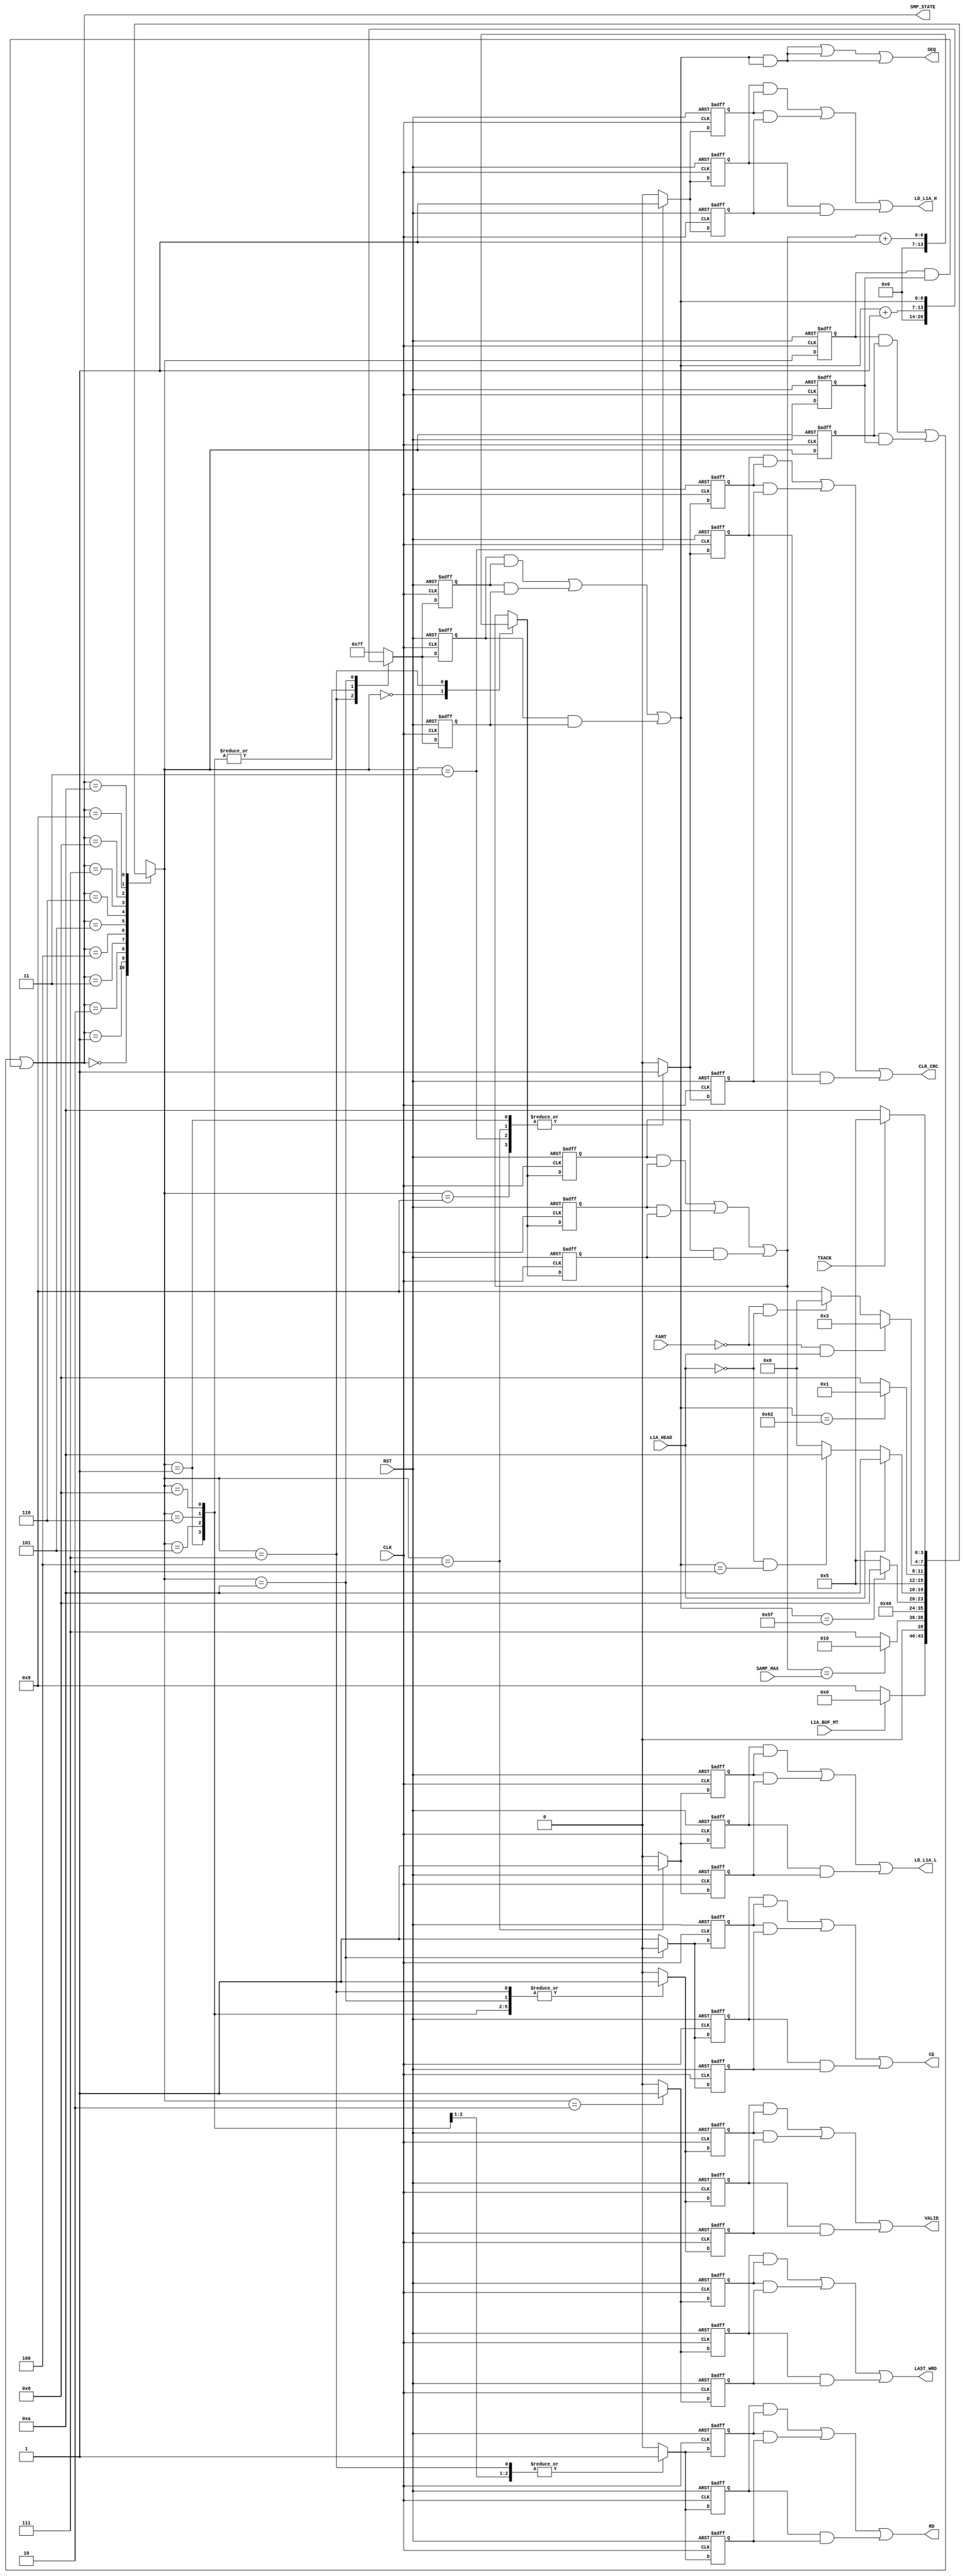

// Created by fizzim_tmr.pl version $Revision: 4.44 on 2014:08:26 at 14:14:43 (www.fizzim.com)

module Sample_Proc_FSM_TMR (
  output CE,
  output CLR_CRC,
  output LAST_WRD,
  output LD_L1A_H,
  output LD_L1A_L,
  output RD,
  output wire [6:0] SEQ,
  output VALID,
  output wire [3:0] SMP_STATE,
  input CLK,
  input FAMT,
  input L1A_BUF_MT,
  input L1A_HEAD,
  input RST,
  input wire [6:0] SAMP_MAX,
  input TXACK 
);

  // state bits
  parameter 
  Idle        = 4'b0000, 
  Inc_Samp    = 4'b0001, 
  Last_Word   = 4'b0010, 
  Ld_L1A_High = 4'b0011, 
  Ld_L1A_Low  = 4'b0100, 
  Read        = 4'b0101, 
  St_Data     = 4'b0110, 
  Strt_Seq    = 4'b0111, 
  Tail        = 4'b1000, 
  W4Data      = 4'b1001, 
  W4TXACK     = 4'b1010; 

  (* syn_preserve = "true" *) reg [3:0] state_1;
  (* syn_preserve = "true" *) reg [3:0] state_2;
  (* syn_preserve = "true" *) reg [3:0] state_3;

  (* syn_keep = "true" *) wire [3:0] voted_state_1;
  (* syn_keep = "true" *) wire [3:0] voted_state_2;
  (* syn_keep = "true" *) wire [3:0] voted_state_3;

  assign voted_state_1    = (state_1    & state_2   ) | (state_2    & state_3   ) | (state_1    & state_3   ); // Majority logic
  assign voted_state_2    = (state_1    & state_2   ) | (state_2    & state_3   ) | (state_1    & state_3   ); // Majority logic
  assign voted_state_3    = (state_1    & state_2   ) | (state_2    & state_3   ) | (state_1    & state_3   ); // Majority logic

  assign SMP_STATE = voted_state_1;

  (* syn_keep = "true" *) reg [3:0] nextstate_1;
  (* syn_keep = "true" *) reg [3:0] nextstate_2;
  (* syn_keep = "true" *) reg [3:0] nextstate_3;

  (* syn_preserve = "true" *)  reg CE_1;
  (* syn_preserve = "true" *)  reg CE_2;
  (* syn_preserve = "true" *)  reg CE_3;
  (* syn_preserve = "true" *)  reg CLR_CRC_1;
  (* syn_preserve = "true" *)  reg CLR_CRC_2;
  (* syn_preserve = "true" *)  reg CLR_CRC_3;
  (* syn_preserve = "true" *)  reg LAST_WRD_1;
  (* syn_preserve = "true" *)  reg LAST_WRD_2;
  (* syn_preserve = "true" *)  reg LAST_WRD_3;
  (* syn_preserve = "true" *)  reg LD_L1A_H_1;
  (* syn_preserve = "true" *)  reg LD_L1A_H_2;
  (* syn_preserve = "true" *)  reg LD_L1A_H_3;
  (* syn_preserve = "true" *)  reg LD_L1A_L_1;
  (* syn_preserve = "true" *)  reg LD_L1A_L_2;
  (* syn_preserve = "true" *)  reg LD_L1A_L_3;
  (* syn_preserve = "true" *)  reg RD_1;
  (* syn_preserve = "true" *)  reg RD_2;
  (* syn_preserve = "true" *)  reg RD_3;
  (* syn_preserve = "true" *)  reg [6:0] SEQ_1;
  (* syn_preserve = "true" *)  reg [6:0] SEQ_2;
  (* syn_preserve = "true" *)  reg [6:0] SEQ_3;
  (* syn_preserve = "true" *)  reg VALID_1;
  (* syn_preserve = "true" *)  reg VALID_2;
  (* syn_preserve = "true" *)  reg VALID_3;
  (* syn_preserve = "true" *)  reg [6:0] seqn_1;
  (* syn_preserve = "true" *)  reg [6:0] seqn_2;
  (* syn_preserve = "true" *)  reg [6:0] seqn_3;
  (* syn_keep = "true" *)      wire [6:0] voted_seqn_1;
  (* syn_keep = "true" *)      wire [6:0] voted_seqn_2;
  (* syn_keep = "true" *)      wire [6:0] voted_seqn_3;
  (* syn_preserve = "true" *)  reg [6:0] smp_1;
  (* syn_preserve = "true" *)  reg [6:0] smp_2;
  (* syn_preserve = "true" *)  reg [6:0] smp_3;
  (* syn_keep = "true" *)      wire [6:0] voted_smp_1;
  (* syn_keep = "true" *)      wire [6:0] voted_smp_2;
  (* syn_keep = "true" *)      wire [6:0] voted_smp_3;

  // Assignment of outputs and flags to voted majority logic of replicated registers
  assign CE       = (CE_1       & CE_2      ) | (CE_2       & CE_3      ) | (CE_1       & CE_3      ); // Majority logic
  assign CLR_CRC  = (CLR_CRC_1  & CLR_CRC_2 ) | (CLR_CRC_2  & CLR_CRC_3 ) | (CLR_CRC_1  & CLR_CRC_3 ); // Majority logic
  assign LAST_WRD = (LAST_WRD_1 & LAST_WRD_2) | (LAST_WRD_2 & LAST_WRD_3) | (LAST_WRD_1 & LAST_WRD_3); // Majority logic
  assign LD_L1A_H = (LD_L1A_H_1 & LD_L1A_H_2) | (LD_L1A_H_2 & LD_L1A_H_3) | (LD_L1A_H_1 & LD_L1A_H_3); // Majority logic
  assign LD_L1A_L = (LD_L1A_L_1 & LD_L1A_L_2) | (LD_L1A_L_2 & LD_L1A_L_3) | (LD_L1A_L_1 & LD_L1A_L_3); // Majority logic
  assign RD       = (RD_1       & RD_2      ) | (RD_2       & RD_3      ) | (RD_1       & RD_3      ); // Majority logic
  assign SEQ      = (SEQ_1      & SEQ_2     ) | (SEQ_2      & SEQ_3     ) | (SEQ_1      & SEQ_3     ); // Majority logic
  assign VALID    = (VALID_1    & VALID_2   ) | (VALID_2    & VALID_3   ) | (VALID_1    & VALID_3   ); // Majority logic
  assign voted_seqn_1     = (seqn_1     & seqn_2    ) | (seqn_2     & seqn_3    ) | (seqn_1     & seqn_3    ); // Majority logic
  assign voted_seqn_2     = (seqn_1     & seqn_2    ) | (seqn_2     & seqn_3    ) | (seqn_1     & seqn_3    ); // Majority logic
  assign voted_seqn_3     = (seqn_1     & seqn_2    ) | (seqn_2     & seqn_3    ) | (seqn_1     & seqn_3    ); // Majority logic
  assign voted_smp_1      = (smp_1      & smp_2     ) | (smp_2      & smp_3     ) | (smp_1      & smp_3     ); // Majority logic
  assign voted_smp_2      = (smp_1      & smp_2     ) | (smp_2      & smp_3     ) | (smp_1      & smp_3     ); // Majority logic
  assign voted_smp_3      = (smp_1      & smp_2     ) | (smp_2      & smp_3     ) | (smp_1      & smp_3     ); // Majority logic

  // Assignment of error detection logic to replicated signals

  // comb always block
  always @* begin
    nextstate_1 = 4'bxxxx; // default to x because default_state_is_x is set
    nextstate_2 = 4'bxxxx; // default to x because default_state_is_x is set
    nextstate_3 = 4'bxxxx; // default to x because default_state_is_x is set
    SEQ_1 = voted_seqn_1; // default
    SEQ_2 = voted_seqn_2; // default
    SEQ_3 = voted_seqn_3; // default
    case (voted_state_1)
      Idle       : if      (!L1A_BUF_MT)                          nextstate_1 = W4Data;
                   else                                           nextstate_1 = Idle;
      Inc_Samp   : if      (voted_smp_1 == SAMP_MAX)              nextstate_1 = Last_Word;
                   else                                           nextstate_1 = Strt_Seq;
      Last_Word  :                                                nextstate_1 = Idle;
      Ld_L1A_High:                                                nextstate_1 = Ld_L1A_Low;
      Ld_L1A_Low :                                                nextstate_1 = St_Data;
      Read       : if      (voted_seqn_1 == 7'd95)                nextstate_1 = Tail;
                   else                                           nextstate_1 = Read;
      St_Data    : if      (L1A_HEAD)                             nextstate_1 = W4TXACK;
                   else if (!L1A_HEAD && (voted_seqn_1 == 7'd2))  nextstate_1 = W4TXACK;
                   else                                           nextstate_1 = St_Data;
      Strt_Seq   :                                                nextstate_1 = Read;
      Tail       : if      (voted_seqn_1 == 7'd98)                nextstate_1 = Inc_Samp;
                   else                                           nextstate_1 = Tail;
      W4Data     : if      (!FAMT && L1A_HEAD)                    nextstate_1 = Ld_L1A_High;
                   else if (!FAMT && !L1A_HEAD)                   nextstate_1 = St_Data;
                   else                                           nextstate_1 = W4Data;
      W4TXACK    : if      (TXACK)                                nextstate_1 = Read;
                   else                                           nextstate_1 = W4TXACK;
    endcase
    case (voted_state_2)
      Idle       : if      (!L1A_BUF_MT)                          nextstate_2 = W4Data;
                   else                                           nextstate_2 = Idle;
      Inc_Samp   : if      (voted_smp_2 == SAMP_MAX)              nextstate_2 = Last_Word;
                   else                                           nextstate_2 = Strt_Seq;
      Last_Word  :                                                nextstate_2 = Idle;
      Ld_L1A_High:                                                nextstate_2 = Ld_L1A_Low;
      Ld_L1A_Low :                                                nextstate_2 = St_Data;
      Read       : if      (voted_seqn_2 == 7'd95)                nextstate_2 = Tail;
                   else                                           nextstate_2 = Read;
      St_Data    : if      (L1A_HEAD)                             nextstate_2 = W4TXACK;
                   else if (!L1A_HEAD && (voted_seqn_2 == 7'd2))  nextstate_2 = W4TXACK;
                   else                                           nextstate_2 = St_Data;
      Strt_Seq   :                                                nextstate_2 = Read;
      Tail       : if      (voted_seqn_2 == 7'd98)                nextstate_2 = Inc_Samp;
                   else                                           nextstate_2 = Tail;
      W4Data     : if      (!FAMT && L1A_HEAD)                    nextstate_2 = Ld_L1A_High;
                   else if (!FAMT && !L1A_HEAD)                   nextstate_2 = St_Data;
                   else                                           nextstate_2 = W4Data;
      W4TXACK    : if      (TXACK)                                nextstate_2 = Read;
                   else                                           nextstate_2 = W4TXACK;
    endcase
    case (voted_state_3)
      Idle       : if      (!L1A_BUF_MT)                          nextstate_3 = W4Data;
                   else                                           nextstate_3 = Idle;
      Inc_Samp   : if      (voted_smp_3 == SAMP_MAX)              nextstate_3 = Last_Word;
                   else                                           nextstate_3 = Strt_Seq;
      Last_Word  :                                                nextstate_3 = Idle;
      Ld_L1A_High:                                                nextstate_3 = Ld_L1A_Low;
      Ld_L1A_Low :                                                nextstate_3 = St_Data;
      Read       : if      (voted_seqn_3 == 7'd95)                nextstate_3 = Tail;
                   else                                           nextstate_3 = Read;
      St_Data    : if      (L1A_HEAD)                             nextstate_3 = W4TXACK;
                   else if (!L1A_HEAD && (voted_seqn_3 == 7'd2))  nextstate_3 = W4TXACK;
                   else                                           nextstate_3 = St_Data;
      Strt_Seq   :                                                nextstate_3 = Read;
      Tail       : if      (voted_seqn_3 == 7'd98)                nextstate_3 = Inc_Samp;
                   else                                           nextstate_3 = Tail;
      W4Data     : if      (!FAMT && L1A_HEAD)                    nextstate_3 = Ld_L1A_High;
                   else if (!FAMT && !L1A_HEAD)                   nextstate_3 = St_Data;
                   else                                           nextstate_3 = W4Data;
      W4TXACK    : if      (TXACK)                                nextstate_3 = Read;
                   else                                           nextstate_3 = W4TXACK;
    endcase
  end

  // Assign reg'd outputs to state bits

  // sequential always block
  always @(posedge CLK or posedge RST) begin
    if (RST) begin
      state_1 <= Idle;
      state_2 <= Idle;
      state_3 <= Idle;
    end
    else begin
      state_1 <= nextstate_1;
      state_2 <= nextstate_2;
      state_3 <= nextstate_3;
    end
  end

  // datapath sequential always block
  always @(posedge CLK or posedge RST) begin
    if (RST) begin
      CE_1 <= 1;
      CE_2 <= 1;
      CE_3 <= 1;
      CLR_CRC_1 <= 0;
      CLR_CRC_2 <= 0;
      CLR_CRC_3 <= 0;
      LAST_WRD_1 <= 0;
      LAST_WRD_2 <= 0;
      LAST_WRD_3 <= 0;
      LD_L1A_H_1 <= 0;
      LD_L1A_H_2 <= 0;
      LD_L1A_H_3 <= 0;
      LD_L1A_L_1 <= 0;
      LD_L1A_L_2 <= 0;
      LD_L1A_L_3 <= 0;
      RD_1 <= 0;
      RD_2 <= 0;
      RD_3 <= 0;
      VALID_1 <= 0;
      VALID_2 <= 0;
      VALID_3 <= 0;
      seqn_1 <= 7'h7F;
      seqn_2 <= 7'h7F;
      seqn_3 <= 7'h7F;
      smp_1 <= 7'h00;
      smp_2 <= 7'h00;
      smp_3 <= 7'h00;
    end
    else begin
      CE_1 <= 1; // default
      CE_2 <= 1; // default
      CE_3 <= 1; // default
      CLR_CRC_1 <= 0; // default
      CLR_CRC_2 <= 0; // default
      CLR_CRC_3 <= 0; // default
      LAST_WRD_1 <= 0; // default
      LAST_WRD_2 <= 0; // default
      LAST_WRD_3 <= 0; // default
      LD_L1A_H_1 <= 0; // default
      LD_L1A_H_2 <= 0; // default
      LD_L1A_H_3 <= 0; // default
      LD_L1A_L_1 <= 0; // default
      LD_L1A_L_2 <= 0; // default
      LD_L1A_L_3 <= 0; // default
      RD_1 <= 0; // default
      RD_2 <= 0; // default
      RD_3 <= 0; // default
      VALID_1 <= 0; // default
      VALID_2 <= 0; // default
      VALID_3 <= 0; // default
      seqn_1 <= 7'h7F; // default
      seqn_2 <= 7'h7F; // default
      seqn_3 <= 7'h7F; // default
      smp_1 <= voted_smp_1; // default
      smp_2 <= voted_smp_2; // default
      smp_3 <= voted_smp_3; // default
      case (nextstate_1)
        Idle       :        smp_1 <= 7'h00;
        Inc_Samp   : begin
                            CLR_CRC_1 <= 1;
                            VALID_1 <= 1;
                            seqn_1 <= voted_seqn_1 + 1;
        end
        Last_Word  :        LAST_WRD_1 <= 1;
        Ld_L1A_High: begin
                            CLR_CRC_1 <= 1;
                            LD_L1A_H_1 <= 1;
        end
        Ld_L1A_Low : begin
                            CLR_CRC_1 <= 1;
                            LD_L1A_L_1 <= 1;
        end
        Read       : begin
                            RD_1 <= 1;
                            VALID_1 <= 1;
                            seqn_1 <= voted_seqn_1 + 1;
        end
        St_Data    : begin
                            RD_1 <= 1;
                            VALID_1 <= 1;
                            seqn_1 <= voted_seqn_1 + 1;
        end
        Strt_Seq   : begin
                            RD_1 <= 1;
                            VALID_1 <= 1;
                            seqn_1 <= 7'h00;
                            smp_1 <= voted_smp_1 + 1;
        end
        Tail       : begin
                            VALID_1 <= 1;
                            seqn_1 <= voted_seqn_1 + 1;
        end
        W4Data     :        CLR_CRC_1 <= 1;
        W4TXACK    : begin
                            CE_1 <= 0;
                            VALID_1 <= 1;
                            seqn_1 <= voted_seqn_1;
        end
      endcase
      case (nextstate_2)
        Idle       :        smp_2 <= 7'h00;
        Inc_Samp   : begin
                            CLR_CRC_2 <= 1;
                            VALID_2 <= 1;
                            seqn_2 <= voted_seqn_2 + 1;
        end
        Last_Word  :        LAST_WRD_2 <= 1;
        Ld_L1A_High: begin
                            CLR_CRC_2 <= 1;
                            LD_L1A_H_2 <= 1;
        end
        Ld_L1A_Low : begin
                            CLR_CRC_2 <= 1;
                            LD_L1A_L_2 <= 1;
        end
        Read       : begin
                            RD_2 <= 1;
                            VALID_2 <= 1;
                            seqn_2 <= voted_seqn_2 + 1;
        end
        St_Data    : begin
                            RD_2 <= 1;
                            VALID_2 <= 1;
                            seqn_2 <= voted_seqn_2 + 1;
        end
        Strt_Seq   : begin
                            RD_2 <= 1;
                            VALID_2 <= 1;
                            seqn_2 <= 7'h00;
                            smp_2 <= voted_smp_2 + 1;
        end
        Tail       : begin
                            VALID_2 <= 1;
                            seqn_2 <= voted_seqn_2 + 1;
        end
        W4Data     :        CLR_CRC_2 <= 1;
        W4TXACK    : begin
                            CE_2 <= 0;
                            VALID_2 <= 1;
                            seqn_2 <= voted_seqn_2;
        end
      endcase
      case (nextstate_3)
        Idle       :        smp_3 <= 7'h00;
        Inc_Samp   : begin
                            CLR_CRC_3 <= 1;
                            VALID_3 <= 1;
                            seqn_3 <= voted_seqn_3 + 1;
        end
        Last_Word  :        LAST_WRD_3 <= 1;
        Ld_L1A_High: begin
                            CLR_CRC_3 <= 1;
                            LD_L1A_H_3 <= 1;
        end
        Ld_L1A_Low : begin
                            CLR_CRC_3 <= 1;
                            LD_L1A_L_3 <= 1;
        end
        Read       : begin
                            RD_3 <= 1;
                            VALID_3 <= 1;
                            seqn_3 <= voted_seqn_3 + 1;
        end
        St_Data    : begin
                            RD_3 <= 1;
                            VALID_3 <= 1;
                            seqn_3 <= voted_seqn_3 + 1;
        end
        Strt_Seq   : begin
                            RD_3 <= 1;
                            VALID_3 <= 1;
                            seqn_3 <= 7'h00;
                            smp_3 <= voted_smp_3 + 1;
        end
        Tail       : begin
                            VALID_3 <= 1;
                            seqn_3 <= voted_seqn_3 + 1;
        end
        W4Data     :        CLR_CRC_3 <= 1;
        W4TXACK    : begin
                            CE_3 <= 0;
                            VALID_3 <= 1;
                            seqn_3 <= voted_seqn_3;
        end
      endcase
    end
  end

  // This code allows you to see state names in simulation
  `ifndef SYNTHESIS
  reg [87:0] statename;
  always @* begin
    case (state_1)
      Idle       : statename = "Idle";
      Inc_Samp   : statename = "Inc_Samp";
      Last_Word  : statename = "Last_Word";
      Ld_L1A_High: statename = "Ld_L1A_High";
      Ld_L1A_Low : statename = "Ld_L1A_Low";
      Read       : statename = "Read";
      St_Data    : statename = "St_Data";
      Strt_Seq   : statename = "Strt_Seq";
      Tail       : statename = "Tail";
      W4Data     : statename = "W4Data";
      W4TXACK    : statename = "W4TXACK";
      default    : statename = "XXXXXXXXXXX";
    endcase
  end
  `endif

endmodule